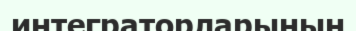
интеграторларының